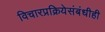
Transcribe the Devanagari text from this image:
विचारप्रक्रियेसंबंधीही